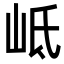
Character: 岻